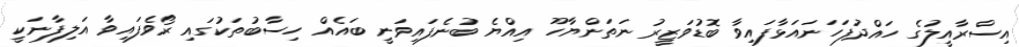
އިސްރާއީލުގެ ހައްދުފަހަނައަޅާފައިވާ ބޮޑުވަޒީރު ނަތަންޔާހޫ އިއްޔެ ބުނެފައިވަނީ ބައެއް ހިސާބުތަކުގައި ރޯވެފައިވާ އަލިފާނަކީ